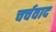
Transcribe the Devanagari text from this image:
चर्चवाद